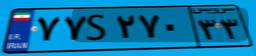
۷۷S۲۷۰۳۳